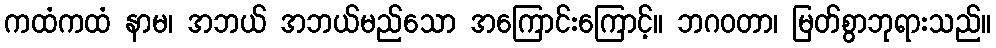
ကထံကထံ နာမ၊ အဘယ် အဘယ်မည်သော အကြောင်းကြောင့်။ ဘဂဝတာ၊ မြတ်စွာဘုရားသည်။